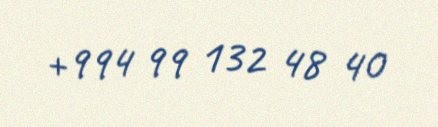
+994 99 132 48 40